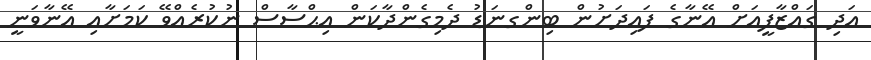
އަދި ގައްޒާފީއަށް އޭނާގެ ފައިދަށުން ބިންގނަޑު ދެމިގެންދާކަން އިޙްސާސް ނުކުރެއްވޭ ކަމަށާއި އޭނާވަނީ